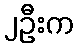
၂ဦးက